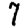
Digit: 7